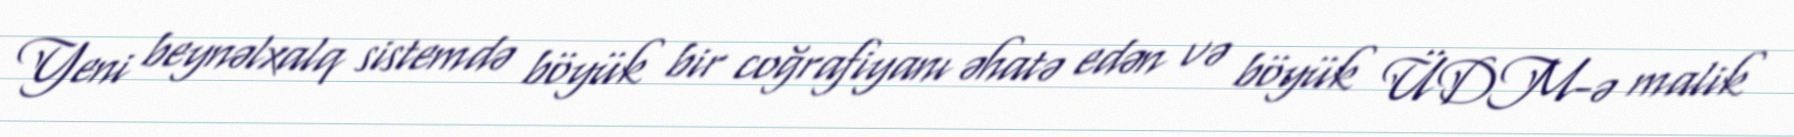
Yeni beynəlxalq sistemdə böyük bir coğrafiyanı əhatə edən və böyük ÜDM-ə malik